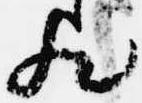
歟